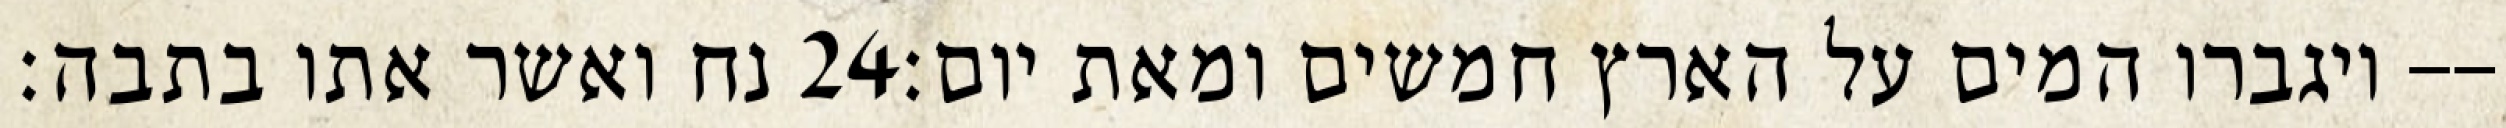
נח ואשר אתו בתבה׃ ‎24‏ ויגברו המים על הארץ חמשים ומאת יום׃--